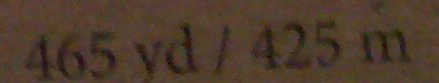
465 yd / 425 m